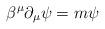
LaTeX: \begin{align*}\beta^{\mu} \partial_{\mu} \psi = m \psi\end{align*}